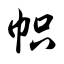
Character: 帜